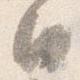
日